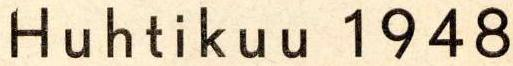
Huhtikuu 1948